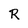
Character: R